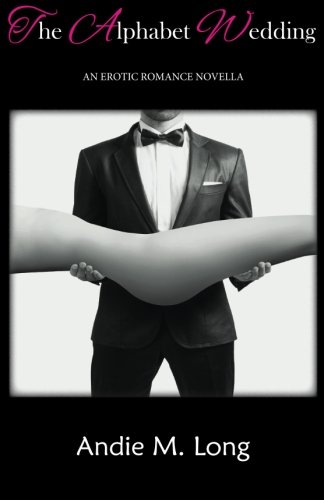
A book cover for The Alphabet Wedding; Andie M. Long; Romance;